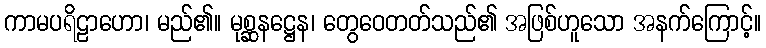
ကာမပရိဠာဟော၊ မည်၏။ မုစ္ဆနဋ္ဌေန၊ တွေဝေတတ်သည်၏ အဖြစ်ဟူသော အနက်ကြောင့်။